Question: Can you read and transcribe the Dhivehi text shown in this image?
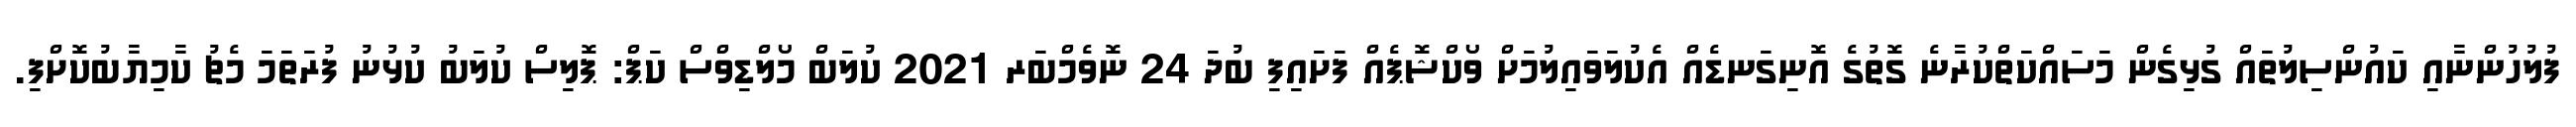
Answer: ފުލުހުންނާއި ކައުންސިލުތައް ގުޅިގެން މަސައްކަތްކުރާނެ ގޮތުގެ އޮނިގަނޑެއް އެކުލަވައިލުމަށް ވޯކްޝޮޕެއް ފަށައިފި ބުދަ 24 ނޮވެމްބަރ 2021 ކުލަބް މޯލްޑިވްސް ކަޕް: ޕޮލިސް ކުލަބު ކުޅުނު ފުރަތަމަ މެޗު ކާމިޔާބުކޮށްފި.